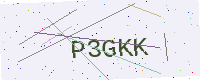
Text: P3GKK